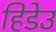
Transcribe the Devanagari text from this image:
हिडेउ